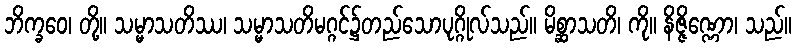
ဘိက္ခဝေ၊ တို့။ သမ္မာသတိဿ၊ သမ္မာသတိမဂ္ဂင်၌တည်သောပုဂ္ဂိုလ်သည်။ မိစ္ဆာသတိ၊ ကို။ နိဇ္ဇိဏ္ဏော၊ သည်။